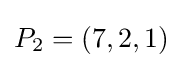
P_{2}=(7,2,1)